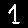
Digit: 1